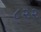
૮૨૨